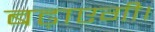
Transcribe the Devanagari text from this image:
बढ़ाएगी।